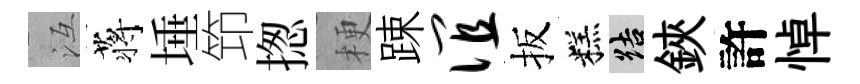
冱蒋埵笻揔梗踈谊扳糕結鋏許悼